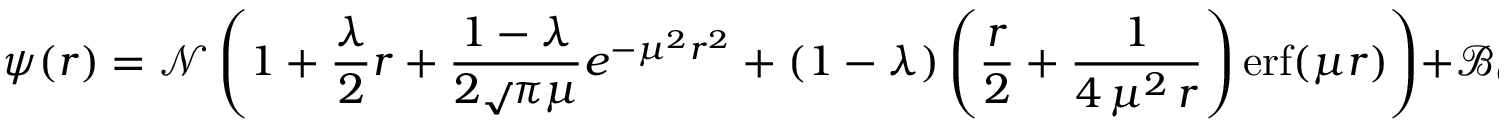
\psi ( r ) = \mathcal { N } \left( 1 + \frac { \lambda } { 2 } r + \frac { 1 - \lambda } { 2 \sqrt Ḋ \pi Ḍ \mu } e ^ { - \mu ^ { 2 } r ^ { 2 } } + ( 1 - \lambda ) \left( \frac { r } { 2 } + \frac { 1 } { 4 \, \mu ^ { 2 } \, r } \right) \mathrm { e r f } ( \mu r ) \right) + \mathcal { B } _ { 0 } + \frac { \mathcal Ḋ B Ḍ _ { 1 } } { \mu r } ,